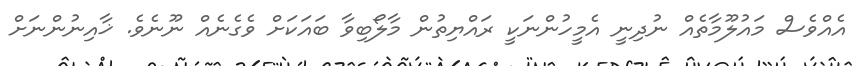
އެއްވެސް މައުލޫމާތެއް ނުދިނީ އެމީހުންނަކީ ރައްޔިތުން މާލޯބިވާ ބައަކަށް ވެގެނެއް ނޫނެވެ. ޚާއިނުންނަށް